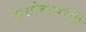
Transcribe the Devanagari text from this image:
केसोबासांची